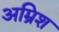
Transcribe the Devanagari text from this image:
अम्रिश